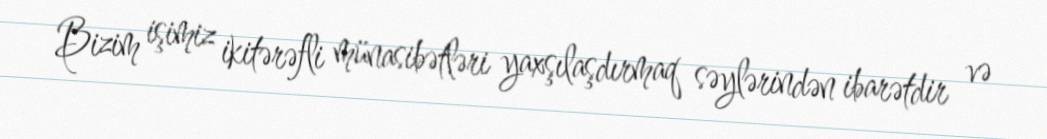
Bizim işimiz ikitərəfli münasibətləri yaxşılaşdırmaq səylərindən ibarətdir və